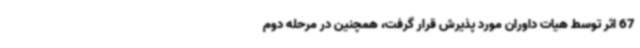
67 اثر توسط هیات داوران مورد پذیرش قرار گرفت، همچنین در مرحله دوم